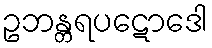
ဥဘန္တရပဋောဒေါ